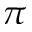
\pi